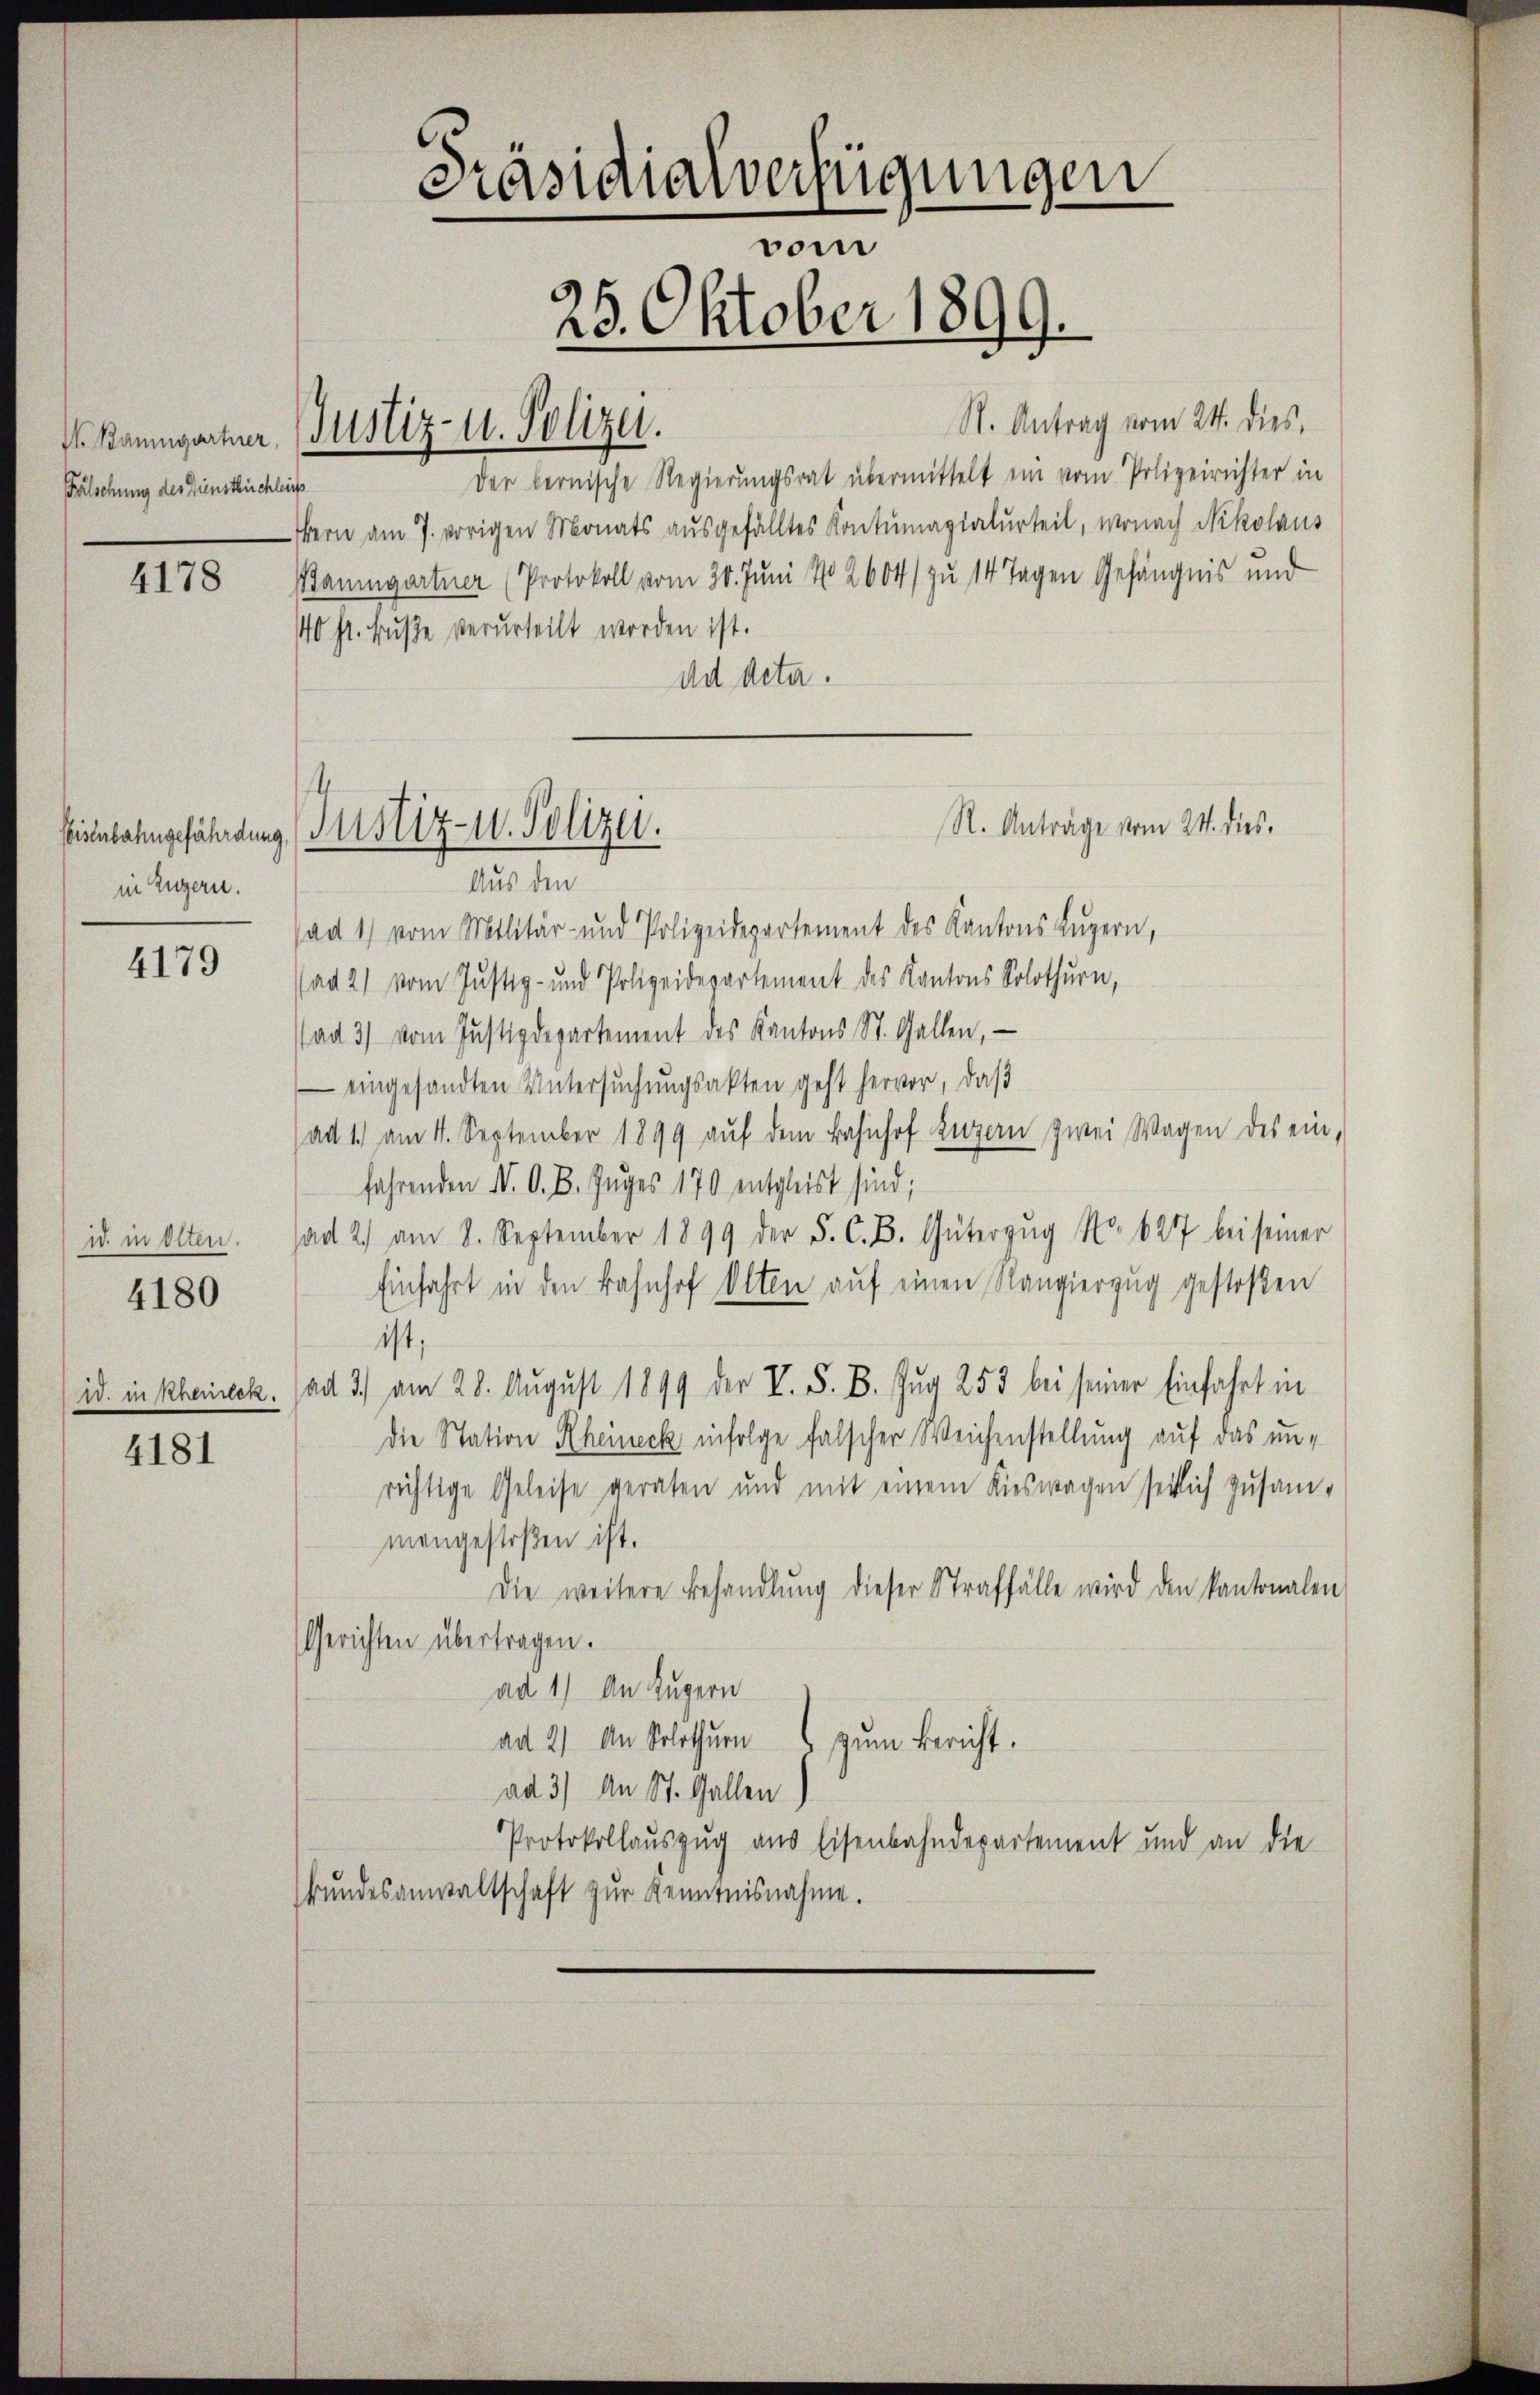
Fälschung des Dienstlichleich

4178

in Zugern.

4179

id in Olten.
1. in Rheinen.
4181

4180

Baumgarter Justiz- u. Polizei.

Präsidialverfügungen
vom
25. Oktober 1899.

Der bernische Regierungsrat übermittelt ein vom Polizeirichter in
Bern am 7. vorigen Monats ausgefälltes Kontumazialurteil, wonach Nikolaus
Baumgartner (Protokoll vom 30. Juni No 2604/ zu 14 Tagen Gefängnis und
40 st. Buße verurteilt worden ist.
ad deta.
Aus den
ad 1) vom Militär- und Polizeidepartement des Kantons Luzern,
ad 2) vom Justiz- und Polizeidepartement des Kantons Solothurn,
ad 3) vom Justizdepartement des Kantons St. Gallen,
 eingesandten Untersuchungsakten geht hervor, daß
ad 1. am 4. September 1899 auf dem Bahnhof Luzern zwei Wagen des einfahrenden N. O. B. Zuges 170 entgleist sind;
ad 2. am 8. September 1899 der F. C. B. Güterzug No. 627 bei seiner
Einfahrt in den Bahnhof Olten auf einen Rangierzug gestoßen
ist;
ad 3.) am 28. August 1899 der V. S. B. Zug 253 bei seiner Einfahrt in
die Station Rheineck infolge falscher Weichenstellung auf das unrichtige Geleise geraten und mit einem Kieswagen seitlich zusam-
mengestoßen ist.
Die weitere Behandlŭng dieser Straffälle wird den kantonalen
Gerichten übertragen.
ad 1) An Luzern
ad 2) An Solothurn zŭm Bericht.
ad 3) An St. Gallen
Protokollauszug aus Eisenbahndepartement und an die
Bŭndesanwaltschaft zŭr Kenntnisnahme.

Einbahngefährdung Justiz- u. Polizei.

St. Antrag vom 24. dies

R. Anträge vom 24. dies